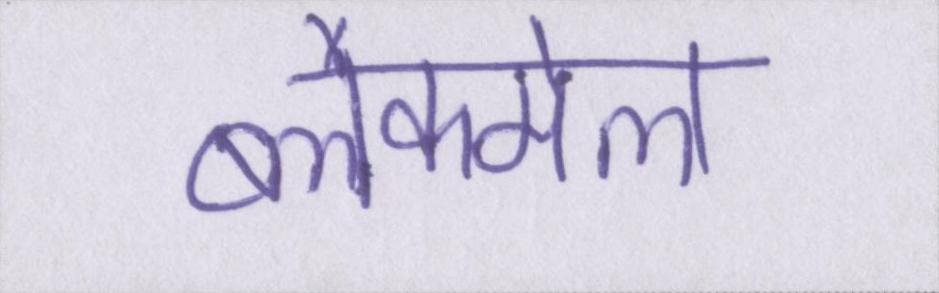
ब्लैकमेल